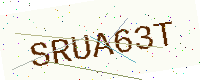
Text: SRUA63T